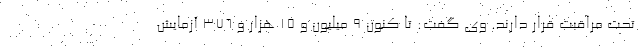
تحت مراقبت قرار دارند. وی گفت: تا کنون ۹ میلیون و ۱۵ هزار و ۳۷۶ آزمایش